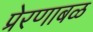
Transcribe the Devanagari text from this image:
प्रेरणाबळ